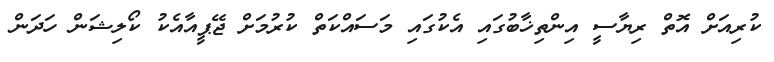
ކުރިއަށް އޮތް ރިޔާސީ އިންތިޚާބުގައި އެކުގައި މަސައްކަތް ކުރުމަށް ޖޭޕީއާއެކު ކޯލިޝަން ހަދަން